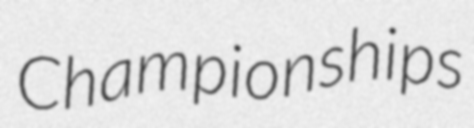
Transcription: Championships